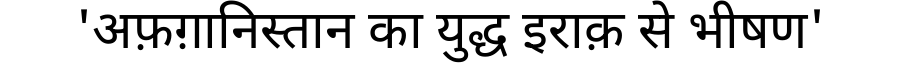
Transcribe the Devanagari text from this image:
'अफ़ग़ानिस्तान का युद्ध इराक़ से भीषण'